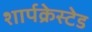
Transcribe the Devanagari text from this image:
शार्पक्रेस्टेड